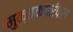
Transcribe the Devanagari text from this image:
मुक्तकपरंपरा